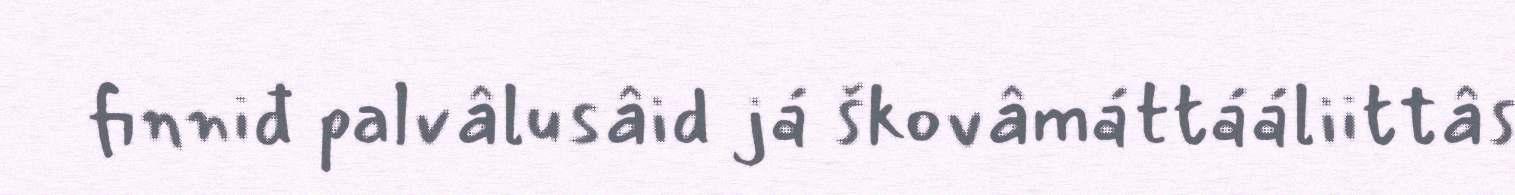
finniđ palvâlusâid já škovâmáttááliittâs